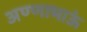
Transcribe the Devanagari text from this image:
अण्णाभाऊं